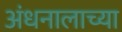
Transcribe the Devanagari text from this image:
अंधनालाच्या